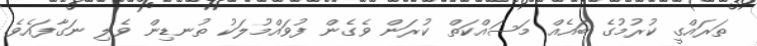
ތަރައްގީ ކުރުމުގެ ބައެއް މަސައްކަތް ކުރަން ވެގެން ފުވައްމުލަކު ތުނޑިން ވެލި ނަގާފައެވެ.